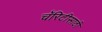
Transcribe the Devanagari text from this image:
चॅरिटीसाठी